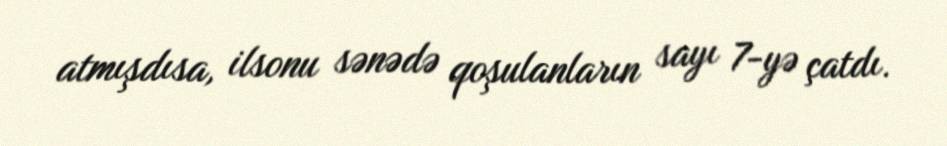
atmışdısa, ilsonu sənədə qoşulanların sayı 7-yə çatdı.